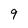
Character: 9